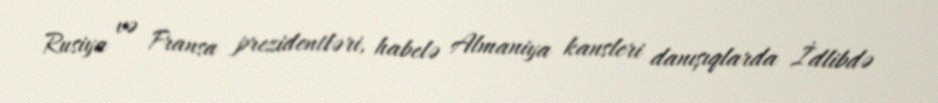
Rusiya və Fransa prezidentləri, habelə Almaniya kansleri danışıqlarda İdlibdə